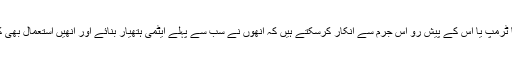
کیا ٹرمپ یا اس کے پیش رو اس جرم سے انکار کرسکتے ہیں کہ انھوں نے سب سے پہلے ایٹمی ہتھیار بنائے اور انھیں استعمال بھی کیا۔